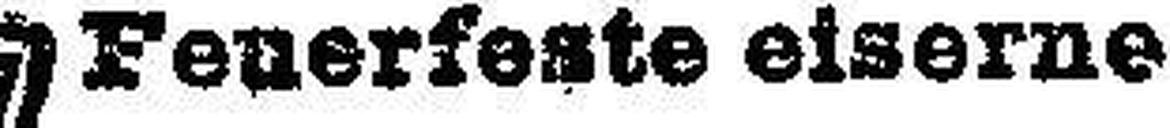
Feuerfeste eiserne